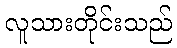
လူသားတိုင်းသည်